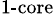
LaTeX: _{\textrm{1-core}}